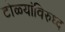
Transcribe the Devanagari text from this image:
टोळ्यांविरुध्द